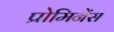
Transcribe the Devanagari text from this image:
प्रोमिनेंस